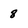
Character: 8